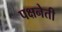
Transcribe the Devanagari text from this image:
पक्षनेती